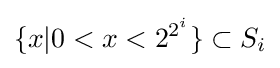
\{x|0<x<2^{2^{i}}\}\subset S_{i}